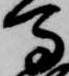
馬